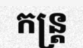
កន្ត្រ